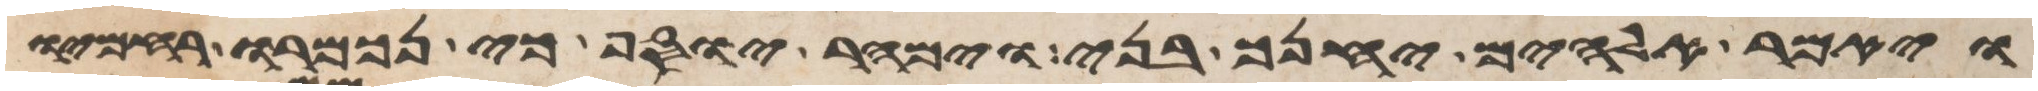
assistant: ויאמר אלהים יחנך בני וימהר יוסף כי נכמרו רחמיו